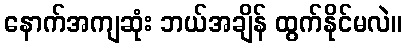
နောက်အကျဆုံး ဘယ်အချိန် ထွက်နိုင်မလဲ။